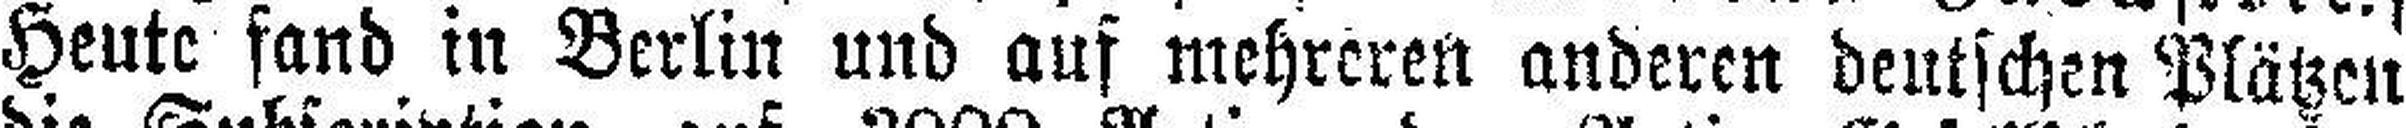
Heute fand in Berlin und auf mehreren anderen deutschen Plätzen